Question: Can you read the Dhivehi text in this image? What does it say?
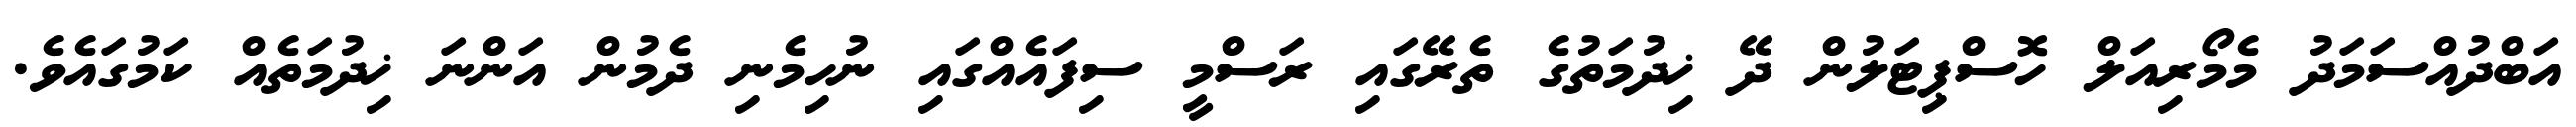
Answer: އަބްދުއްސަމަދު މެމޯރިއަލް ހޮސްޕިޓަލުން ދޭ ޚިދުމަތުގެ ތެރޭގައި ރަސްމީ ސިފައެއްގައި ނުހިމެނި ދެމުން އަންނަ ޚިދުމަތެއް ކަމުގައެވެ.